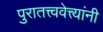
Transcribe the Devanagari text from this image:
पुरातत्त्ववेत्त्यांनी